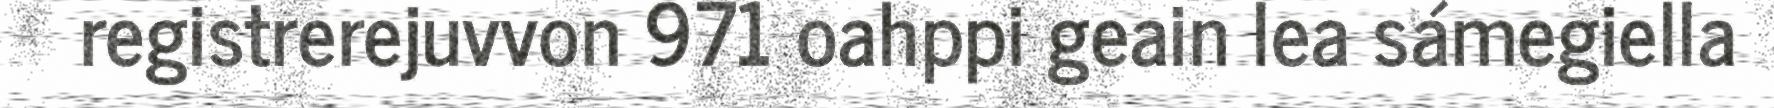
registrerejuvvon 971 oahppi geain lea sámegiella